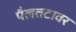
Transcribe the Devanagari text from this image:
पैलतटावर